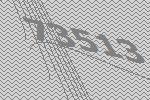
73513